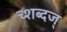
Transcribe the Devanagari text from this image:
च्शब्दज्